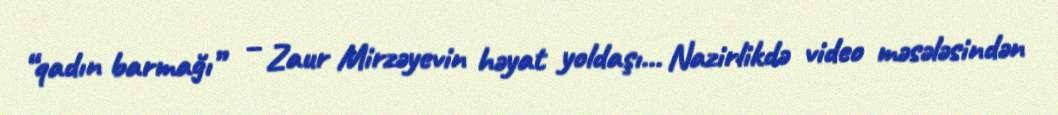
“qadın barmağı” – Zaur Mirzəyevin həyat yoldaşı… Nazirlikdə video məsələsindən